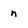
Character: n